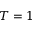
T = 1